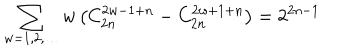
\sum _ { w = 1 , 2 , \ldots } w \left( C _ { 2 n } ^ { 2 w - 1 + n } - C _ { 2 n } ^ { 2 w + 1 + n } \right) = 2 ^ { 2 n - 1 }